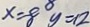
x = - 8 y = 1 2